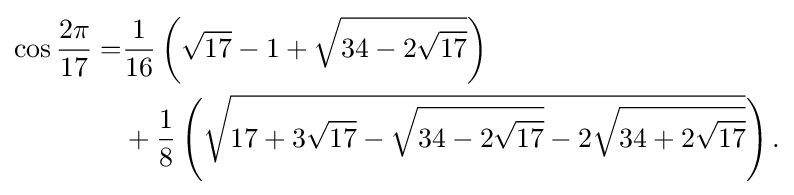
{\begin{aligned}\cos {\frac {2\pi }{17}}=&{\frac {1}{16}}\left({\sqrt {17}}-1+{\sqrt {34-2{\sqrt {17}}}}\right)\\&+{\frac {1}{8}}\left({\sqrt {17+3{\sqrt {17}}-{\sqrt {34-2{\sqrt {17}}}}-2{\sqrt {34+2{\sqrt {17}}}}}}\right).\\\end{aligned}}